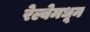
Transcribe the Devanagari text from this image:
रेल्वेमधून